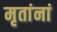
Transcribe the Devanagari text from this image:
मृतांनां